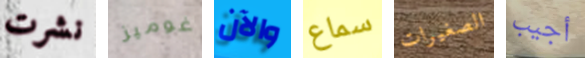
نشرت غوميز والآن سماع الصغيرات أجيب